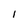
Character: i